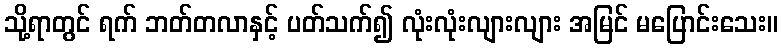
သို့ရာတွင် ရက် ဘတ်တလာနှင့် ပတ်သက်၍ လုံးလုံးလျားလျား အမြင် မပြောင်းသေး။